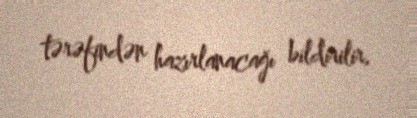
tərəfindən hazırlanacağı bildirilir.